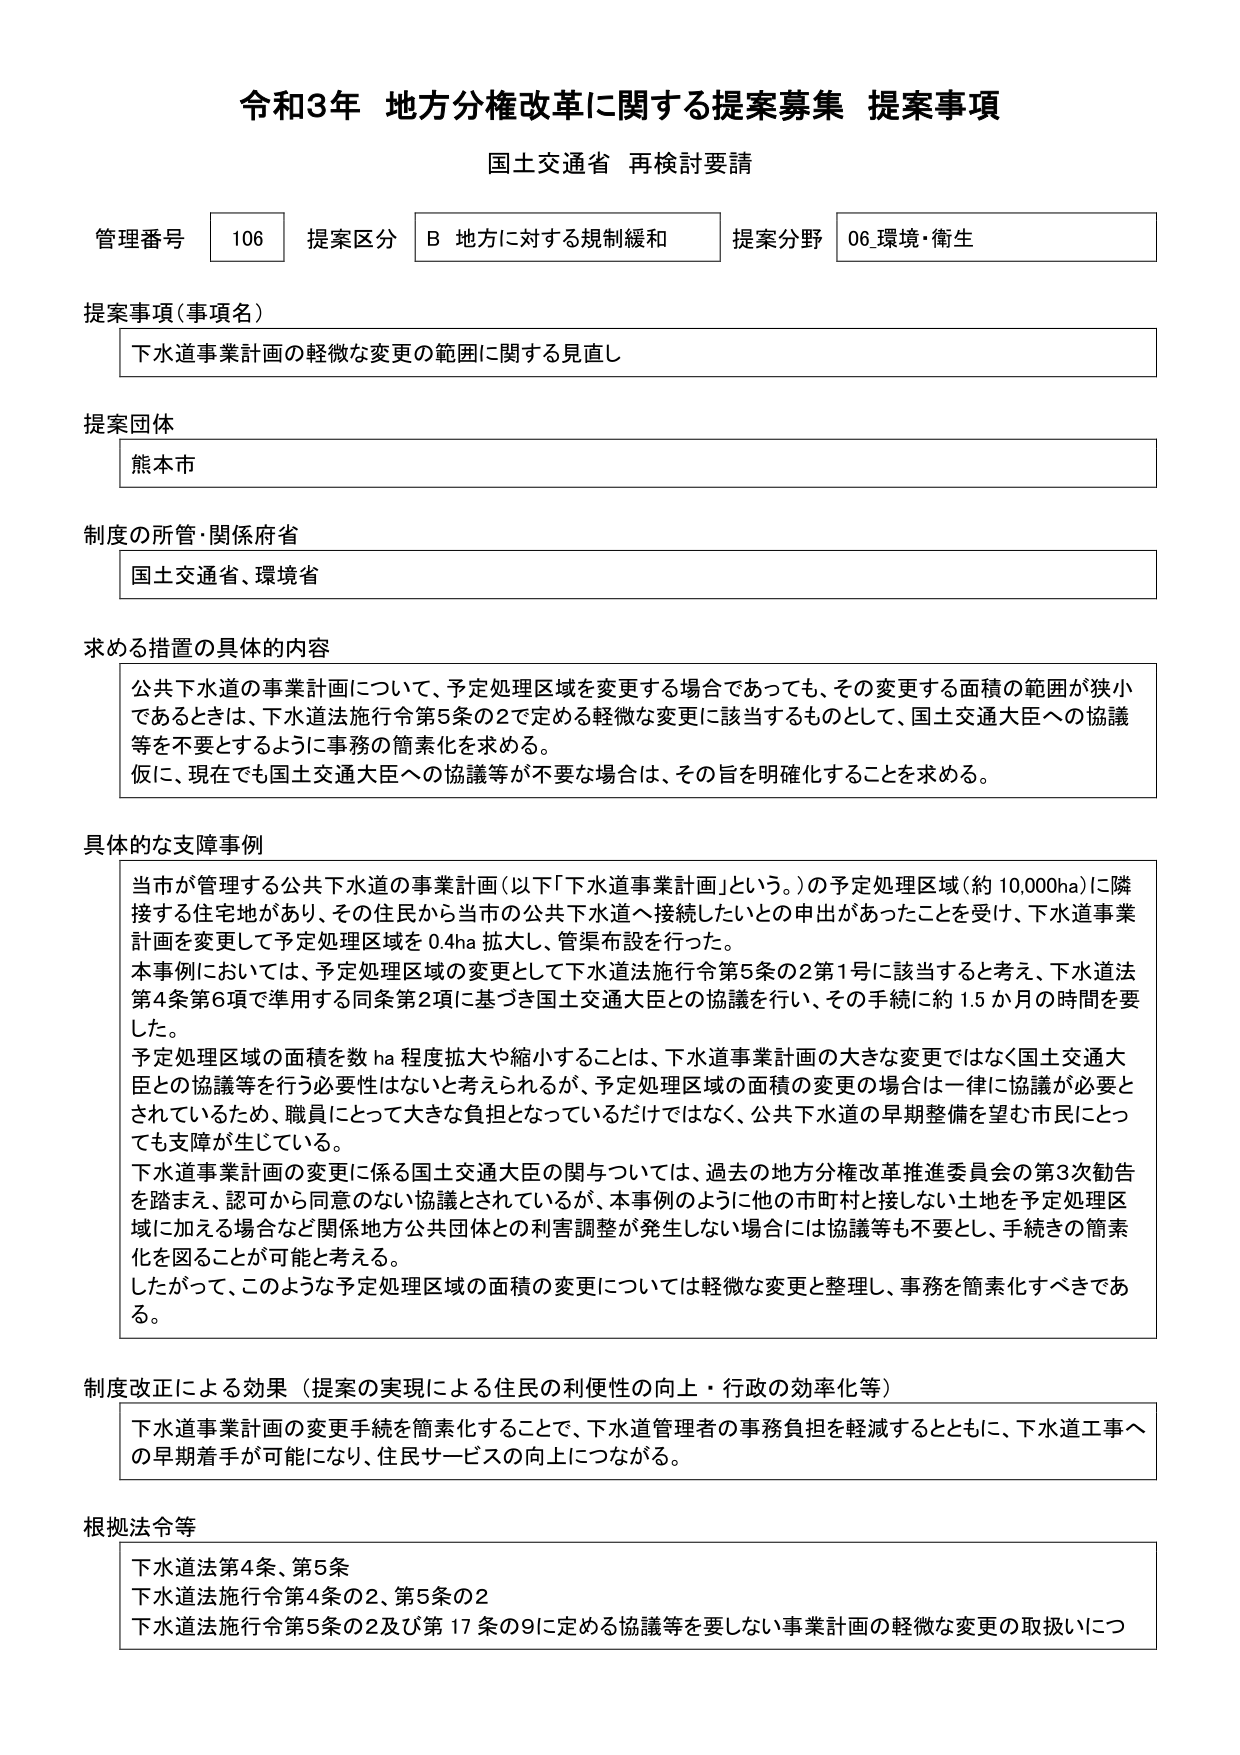
令和3年 地方分権改革に関する提案募集 提案事項
国土交通省 再検討要請

管理番号 106 提案区分 B 地方に対する規制緩和 提案分野 06 環境・衛生

提案事項（事項名）
下水道事業計画の軽微な変更の範囲に関する見直し

提案団体
熊本市

制度の所管・関係府省
国土交通省、環境省

求める措置の具体的な内容
公共下水道の事業計画について、予定処理区域を変更する場合であっても、その変更する面積の範囲が狭小であるときは、下水道法施行令第5条の2で定める軽微な変更に該当するものとして、国土交通大臣への協議等を不要とするように事務の簡素化を求める。
仮に、現在でも国土交通大臣への協議等が不要な場合は、その旨を明確化することを求める。

具体的な支障事例
当市が管理する公共下水道の事業計画（以下「下水道事業計画」という。）の予定処理区域（約10,000ha）に隣接する住宅地があり、その住民から当市の公共下水道へ接続したいとの申出があったことを受け、下水道事業計画を変更して予定処理区域を0.4ha拡大し、管渠布設を行った。
本事例においては、予定処理区域の変更として下水道法施行令第5条の2第1号に該当すると考え、下水道法第4条第6項で準用する同条第2項に基づき国土交通大臣との協議を行い、その手続に約1.5か月の時間を要した。
予定処理区域の面積を数ha程度拡大や縮小することは、下水道事業計画の大きな変更ではなく国土交通大臣との協議等を行う必要性はないと考えられるが、予定処理区域の面積の変更の場合は一律に協議が必要とされているため、職員にとって大きな負担となっているだけではなく、公共下水道の早期整備を望む市民にとっても支障が生じている。
下水道事業計画の変更に係る国土交通大臣の関与については、過去の地方分権改革推進委員会の第3次勧告を踏まえ、認可から同意のない協議とされているが、本事例のように他の市町村と接しない土地を予定処理区域に加える場合など関係地方公共団体との利害調整が発生しない場合には協議等も不要とし、手続きの簡素化を図ることが可能と考える。
したがって、このような予定処理区域の面積の変更については軽微な変更と整理し、事務を簡素化すべきである。

制度改正による効果（提案の実現による住民の利便性の向上・行政の効率化等）
下水道事業計画の変更手続を簡素化することで、下水道管理者の事務負担を軽減するとともに、下水道工事への早期着手が可能になり、住民サービスの向上につながる。

根拠法令等
下水道法第4条、第5条
下水道法施行令第4条の2、第5条の2
下水道法施行令第5条の2及び第17条の9に定める協議等を要しない事業計画の軽微な変更の取扱いにつ